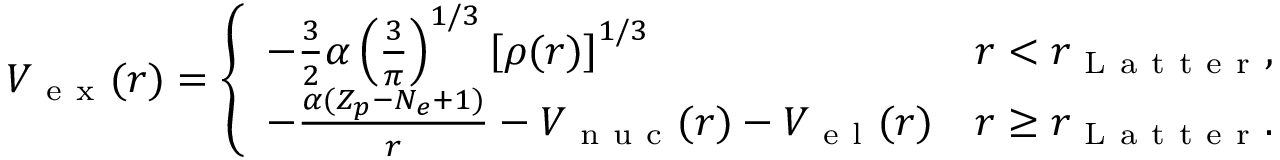
\begin{array} { r } { V _ { \mathrm { ~ e ~ x ~ } } ( r ) = \left\{ \begin{array} { l l } { - \frac { 3 } { 2 } \alpha \left( \frac { 3 } { \pi } \right) ^ { 1 / 3 } \left[ \rho ( r ) \right] ^ { 1 / 3 } } & { r < r _ { \mathrm { ~ L ~ a ~ t ~ t ~ e ~ r ~ } } , } \\ { - \frac { \alpha ( Z _ { p } - N _ { e } + 1 ) } { r } - V _ { \mathrm { ~ n ~ u ~ c ~ } } ( r ) - V _ { \mathrm { ~ e ~ l ~ } } ( r ) } & { r \geq r _ { \mathrm { ~ L ~ a ~ t ~ t ~ e ~ r ~ } } . } \end{array} \right. } \end{array}